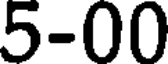
5-00